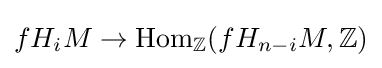
fH_{i}M\to \mathrm {Hom} _{\mathbb {Z} }(fH_{n-i}M,\mathbb {Z} )